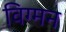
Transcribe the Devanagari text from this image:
विग्मन